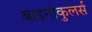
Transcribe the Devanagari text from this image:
बाइनोकुलर्स